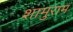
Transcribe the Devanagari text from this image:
शामुराम